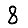
Digit: 8